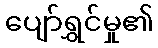
ပျော်ရွှင်မှု၏